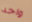
واحد